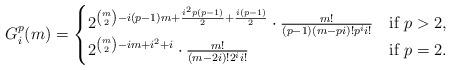
LaTeX: \begin{align*}G_i^p(m)=\begin{cases}2^{{m\choose 2}-i(p-1)m+\frac{i^2p(p-1)}{2}+\frac{i(p-1)}{2}}\cdot\frac{m!}{(p-1)(m-pi)!p^ii!}&\textrm{if }p>2,\\2^{{m\choose 2}-im+i^2+i}\cdot\frac{m!}{(m-2i)!2^ii!}&\textrm{if }p=2.\end{cases}\end{align*}